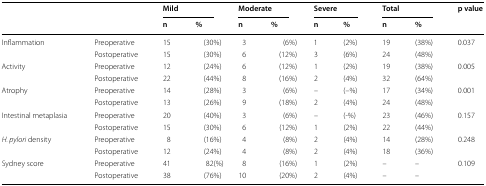
| <ROWSPAN=2>  | <ROWSPAN=2>  | <COLSPAN=2> Mild | <COLSPAN=2> Moderate | <COLSPAN=2> Severe | <COLSPAN=2> Total | <ROWSPAN=2> p value |
 | n | % | n | % | n | % | n | % |
 | --- | --- | --- | --- | --- | --- | --- | --- | --- | --- | --- |
 | <ROWSPAN=2> Inflammation | Preoperative | 15 | (30%) | 3 | (6%) | 1 | (2%) | 19 | (38%) | <ROWSPAN=2> 0.037 |
 | Postoperative | 15 | (30%) | 6 | (12%) | 3 | (6%) | 24 | (48%) |
 | <ROWSPAN=2> Activity | Preoperative | 12 | (24%) | 6 | (12%) | 1 | (2%) | 19 | (38%) | <ROWSPAN=2> 0.005 |
 | Postoperative | 22 | (44%) | 8 | (16%) | 2 | (4%) | 32 | (64%) |
 | <ROWSPAN=2> Atrophy | Preoperative | 14 | (28%) | 3 | (6%) | – | (–%) | 17 | (34%) | <ROWSPAN=2> 0.001 |
 | Postoperative | 13 | (26%) | 9 | (18%) | 2 | (4%) | 24 | (48%) |
 | <ROWSPAN=2> Intestinal metaplasia | Preoperative | 20 | (40%) | 3 | (6%) | – | (-%) | 23 | (46%) | <ROWSPAN=2> 0.157 |
 | Postoperative | 15 | (30%) | 6 | (12%) | 1 | (2%) | 22 | (44%) |
 | <ROWSPAN=2> H. pylori density | Preoperative | 8 | (16%) | 4 | (8%) | 2 | (4%) | 14 | (28%) | <ROWSPAN=2> 0.248 |
 | Postoperative | 12 | (24%) | 4 | (8%) | 2 | (4%) | 18 | (36%) |
 | <ROWSPAN=2> Sydney score | Preoperative | 41 | 82(%) | 8 | (16%) | 1 | (2%) | – | – | <ROWSPAN=2> 0.109 |
 | Postoperative | 38 | (76%) | 10 | (20%) | 2 | (4%) | – | – |